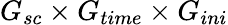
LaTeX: G_{sc}\times G_{time}\times G_{ini}